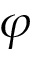
\varphi